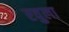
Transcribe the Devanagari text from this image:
रवुला